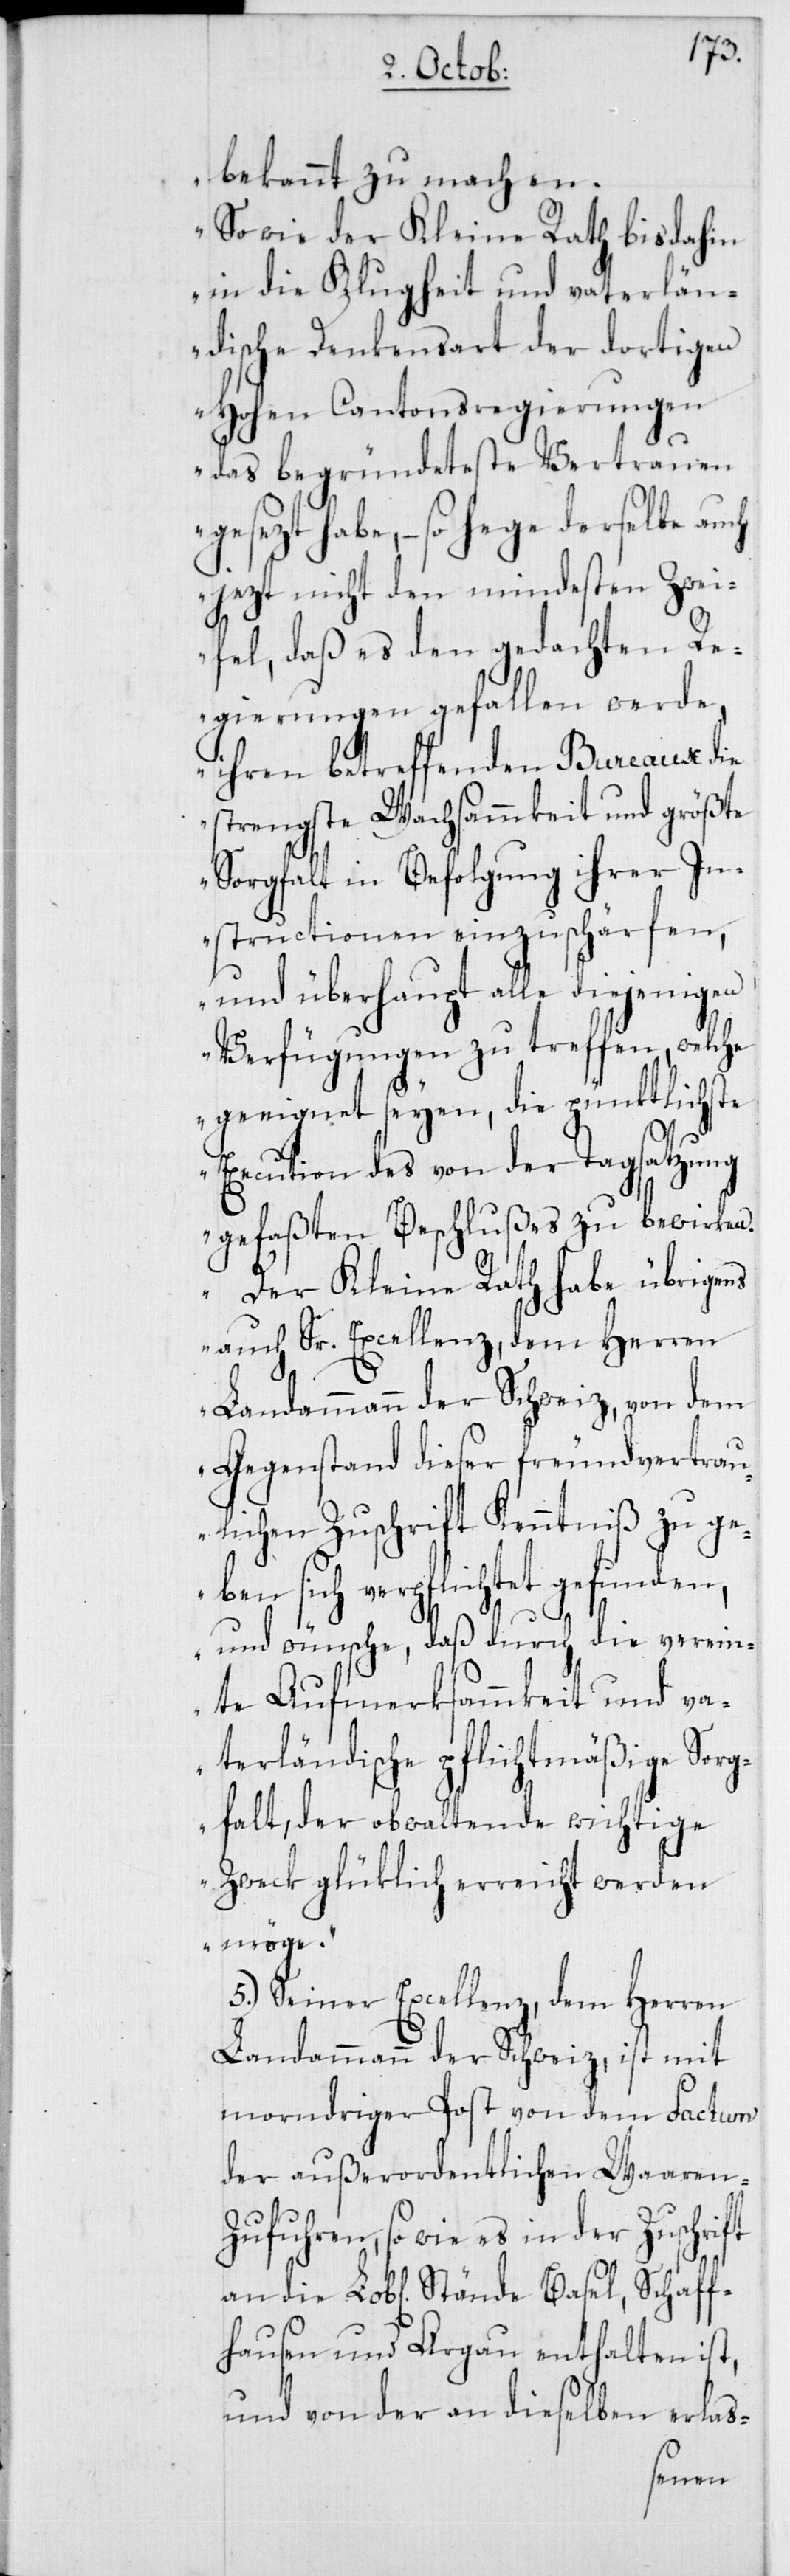
Schaf¬
bekannt zu machen.
So wie der Kleine Rath bis dahin
in die Klugheit und vaterlän¬
dische Denkensart der dortigen
Hohen Cantonsregierungen
das begründeteste Vertrauen
gesezt habe, – so hege derselbe auch
jezt nicht den mindesten Zwei¬
fel, daß es den gedachten Re¬
gierungen gefallen werde,
ihren betreffenden Bureaux die
strengste Wachsammkeit und größte
Sorgfalt in Befolgung ihrer In¬
structionen einzuschärfen,
und überhaupt alle diejenigen
Verfügungen zu treffen, welche
geeignet seyen, die pünktlichste
Execution des von der Tagsatzung
gefaßten Beschlußes zu bewirken.
Der Kleine Rath habe übrigens
auch Sr. Excellenz, dem Herren
Landammann der Schweiz, von dem
Gegenstand dieser freundvertrau¬
lichen Zuschrift Kenntniß zu ge¬
ben sich verpflichtet gefunden,
und wünsche, daß durch die verein¬
te Aufmerksammkeit und va¬
terländische pflichtmäßige Sorg¬
falt, der obwaltende wichtige
Zweck glüklich erreicht werden
möge“.
5. Seiner Excellenz, dem Herren
Landammann der Schweiz, ist mit
morndriger Post von dem Factum
der außerordentlichen Waaren-Z¬
ufuhren, so wie es in der Zuschrift
fhausen und Argau enthalten ist,
und von der an dieselben erlas-